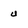
Character: u